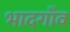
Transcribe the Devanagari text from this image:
भादगाँव